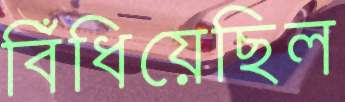
বিঁধিয়েছিল